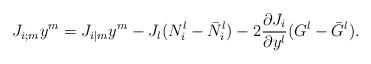
LaTeX: \begin{align*}J_{i;m}y^m=J_{i|m}y^m-J_l(N^l_i-\bar{N}_i^l)-2\frac{\partial J_i}{\partial y^l}(G^l-\bar{G}^l).\end{align*}